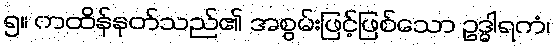
၅။ ကထိန်နုတ်သည်၏ အစွမ်းဖြင့်ဖြစ်သော ဥဒ္ဓါရကံ၊